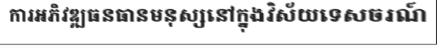
ការអភិវឌ្ឍធនធានមនុស្សនៅក្នុងវិស័យទេសចរណ៍